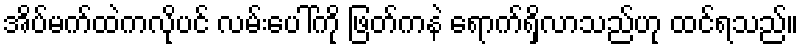
အိပ်မက်ထဲကလိုပင် လမ်းပေါ်ကို ဖြတ်ကနဲ ရောက်ရှိလာသည်ဟု ထင်ရသည်။